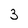
Character: 3